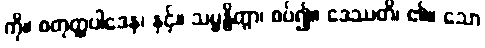
ကို။ စတုတ္ထပါဒေန၊ နှင့်။ သမ္ဗန္ဓိတွာ၊ စပ်၍။ ဒေဿတိ၊ ၏။ သော